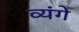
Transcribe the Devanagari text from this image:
व्यंगे